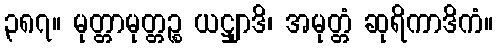
၃၈၇။ မုတ္တာမုတ္တဉ္စ ယဋ္ဌျာဒိ၊ အမုတ္တံ ဆုရိကာဒိကံ။